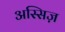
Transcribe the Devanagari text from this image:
अस्सिज़